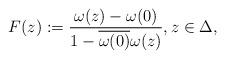
LaTeX: \begin{align*}F(z):=\frac{\omega(z)-\omega(0)}{1-\overline{\omega(0)}\omega(z)},z\in\Delta, \end{align*}